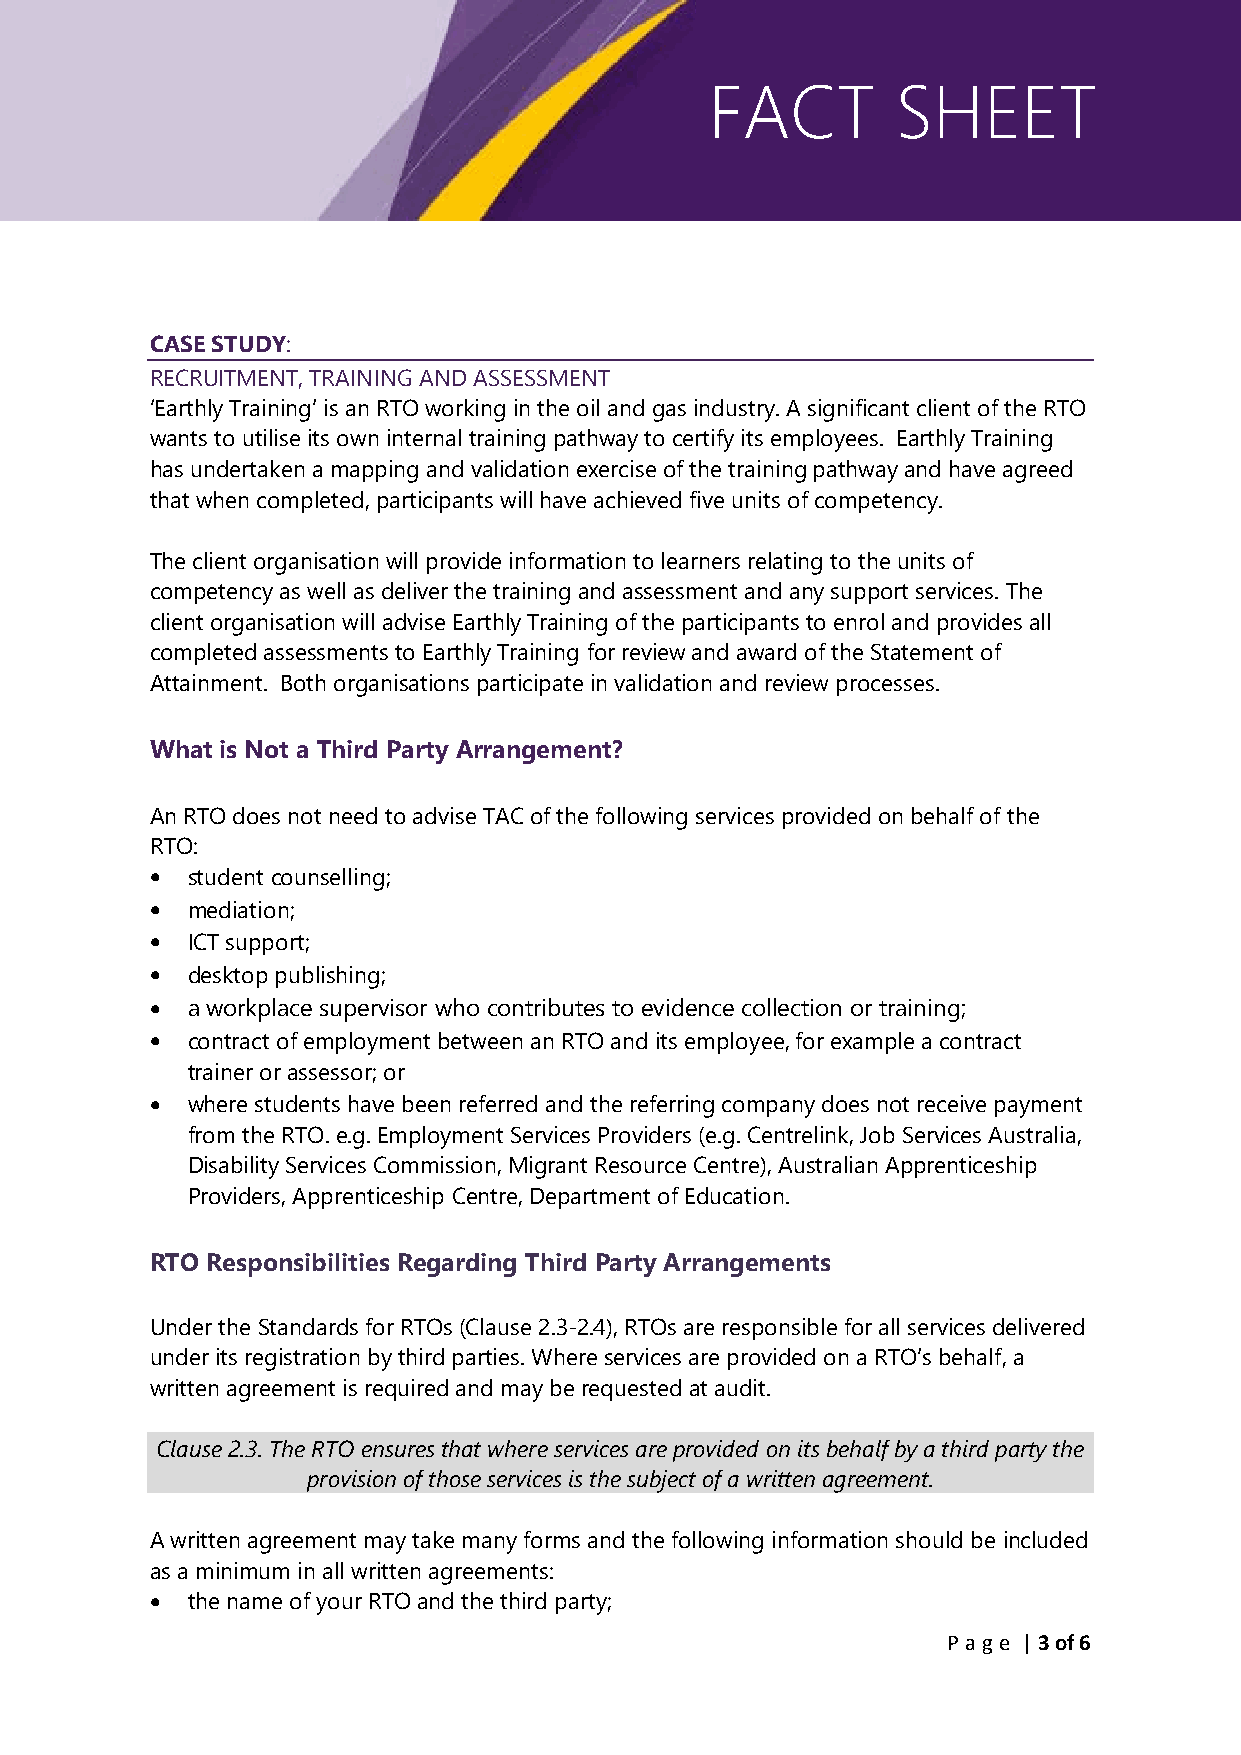
FACT        SHEET
 CASE STUDY:
 RECRUITMENT, TRAINING AND ASSESSMENT
 ‘Earthly Training’ is an RTO working in the oil and gas industry. A significant client of the RTO
 wants to utilise its own internal training pathway to certify its employees. Earthly Training
 has undertaken a mapping and validation exercise of the training pathway and have agreed
 that when completed, participants will have achieved five units of competency.
 The client organisation will provide information to learners relating to the units of
 competency as well as deliver the training and assessment and any support services. The
 client organisation will advise Earthly Training of the participants to enrol and provides all
 completed assessments to Earthly Training for review and award of the Statement of
 Attainment. Both organisations participate in validation and review processes.
 What is Not a Third Party Arrangement?
 An RTO does not need to advise TAC of the following services provided on behalf of the
 RTO:
 • student counselling;
 • mediation;
 • ICT support;
 • desktop publishing;
 • a workplace supervisor who contributes to evidence collection or training;
 • contract of employment between an RTO and its employee, for example a contract
 trainer or assessor; or
 • where students have been referred and the referring company does not receive payment
 from the RTO. e.g. Employment Services Providers (e.g. Centrelink, Job Services Australia,
 Disability Services Commission, Migrant Resource Centre), Australian Apprenticeship
 Providers, Apprenticeship Centre, Department of Education.
 RTO Responsibilities Regarding Third Party Arrangements
 Under the Standards for RTOs (Clause 2.3-2.4), RTOs are responsible for all services delivered
 under its registration by third parties. Where services are provided on a RTO’s behalf, a
 written agreement is required and may be requested at audit.
 Clause 2.3. The RTO ensures that where services are provided on its behalf by a third party the
 provision of those services is the subject of a written agreement.
 A written agreement may take many forms and the following information should be included
 as a minimum in all written agreements:
 • the name of your RTO and the third party;
 P age | 3 of 6